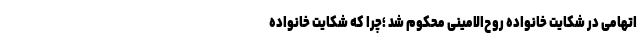
اتهامی در شکایت خانواده روح‌الامینی محکوم شد ؛چرا که شکایت خانواده